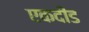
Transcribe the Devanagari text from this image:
एकदीड